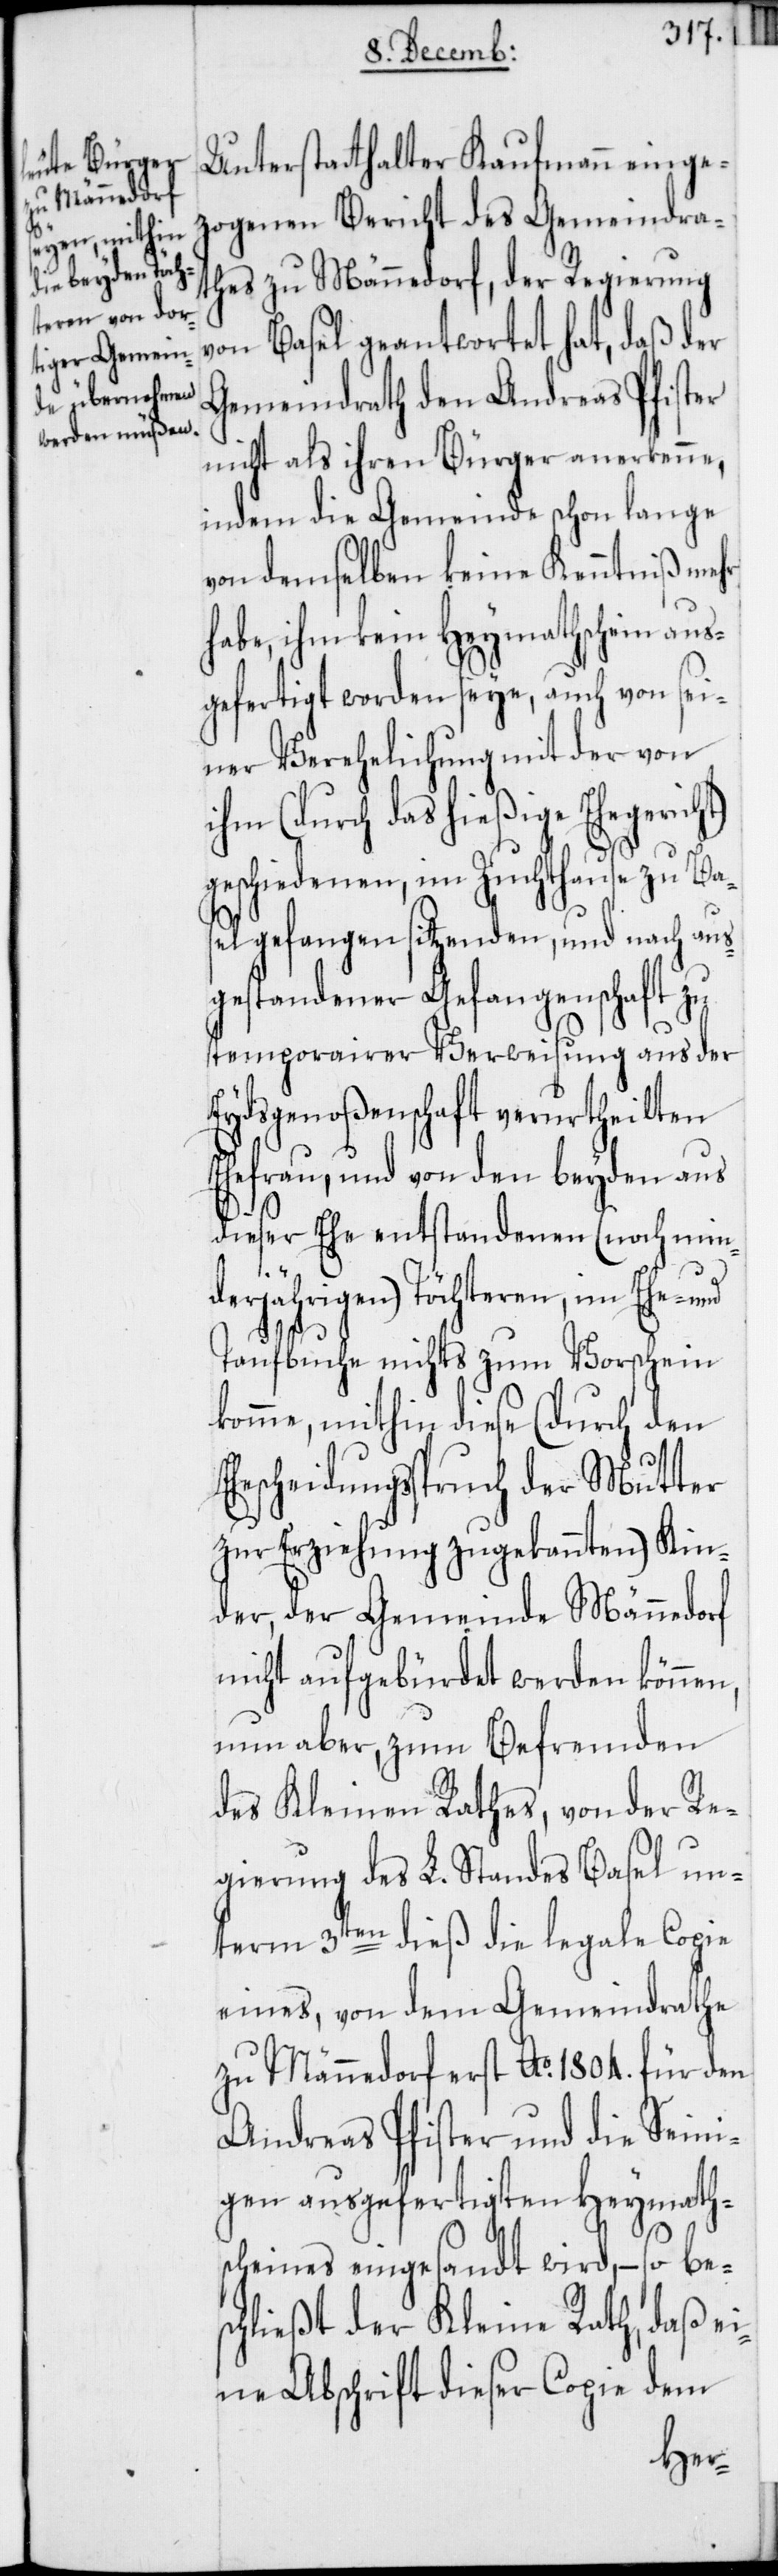
Unterstatthalter Kaufmann einge¬
zogenen Bericht des Gemeindra¬
thes zu Männedorf, der Regierung
von Basel geantwortet hat, daß der
Gemeindrath den Andreas Pfister
nicht als ihren Bürger anerkenne,
indem die Gemeinde schon lange
von demselben keine Kenntniß mehr
habe, ihm kein Heymathschein aus¬
gefertigt worden seye, auch von sei¬
ner Verehelichung mit der von
ihm (durch das hießige Ehegerich¬
t)
geschiedenen, im Zuchthause zu Bas¬
el gefangen sitzenden, und nach aus¬
gestandener Gefangenschaft zu
temporairer Verweisung aus der
Eydsgenoßenschaft verurtheilten
Ehefrau, und von den beyden aus
dieser Ehe entstandenen (noch min¬
derjährigen) Töchteren, im Ehe-
Taufbuche nichts zum Vorschein
komme, mithin diese (durch den
Ehescheidungsspruch der Mutter
zur Erziehung zugekannten) Kin¬
der, der Gemeinde Männedorf
nicht aufgebürdet werden können,
nun aber, zum Befremden
des Kleinen Rathes, von der Re¬
gierung des L. Standes Basel un¬
term 3ten dieß die legale Copie
eines, von dem Gemeindrathe
zu Männedorf erst Ao. 1804. für den
Andreas Pfister und die Seini¬
gen ausgefertigten Heymaths¬
cheines eingesandt wird, – so bes¬
chließt der Kleine Rath, daß ei¬
ne Abschrift dieser Copie dem